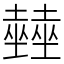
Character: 𡓨